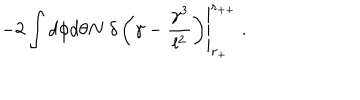
\left. - 2 \int d \phi d \theta N \ \delta \left( \gamma - \frac { \gamma ^ { 3 } } { l ^ { 2 } } \right) \right| _ { r _ { + } } ^ { r _ { + + } } \ .